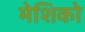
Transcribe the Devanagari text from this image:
मेशिको